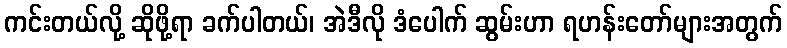
ကင်းတယ်လို့ ဆိုဖို့ရာ ခက်ပါတယ်၊ အဲဒီလို ဒံပေါက် ဆွမ်းဟာ ရဟန်းတော်များအတွက်